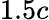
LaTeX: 1.5c